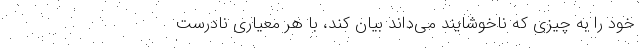
خود را به چیزی که ناخوشایند می‌داند بیان کند، با هر معیاری نادرست